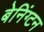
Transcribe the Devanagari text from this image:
बेनिंग्टन